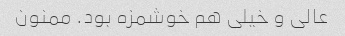
عالی و خیلی هم خوشمزه بود. ممنون